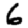
Digit: 6